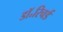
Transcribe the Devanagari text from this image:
डॉ॰रिचर्ड